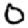
Digit: 0